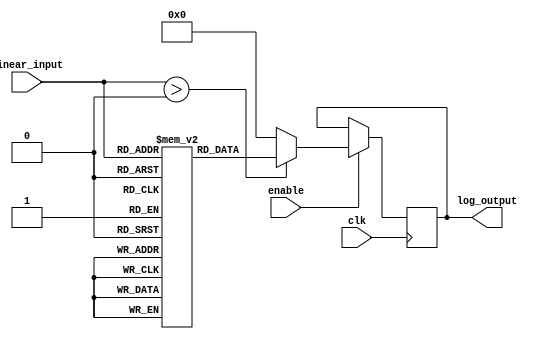
module LogarithmicScalingCircuit (
    input wire [7:0] linear_input,  // 8-bit linear input
    input wire clk,                  // Clock signal
    input wire enable,               // Enable signal
    output reg [7:0] log_output      // 8-bit logarithmic output
);

    // Lookup table for log2 values (for inputs 1 to 255)
    reg [7:0] log2_table [0:255];
    
    initial begin
        // Precompute log2 values for inputs 1 to 255
        // log2_table[0] = 0; // log(0) is undefined
        log2_table[1] = 0;   // log2(1) = 0
        log2_table[2] = 1;   // log2(2) = 1
        log2_table[3] = 2;   // log2(3)  1.585 (approx. 2)
        log2_table[4] = 2;   // log2(4) = 2
        log2_table[5] = 3;   // log2(5)  2.321 (approx. 3)
        log2_table[6] = 3;   // log2(6)  2.585 (approx. 3)
        log2_table[7] = 3;   // log2(7)  2.807 (approx. 3)
        log2_table[8] = 4;   // log2(8) = 3
        // Continue filling the table...
        // For simplicity, we will assume the table is filled up to 255
        // log2_table[255] = 7; // log2(255)  7.994 (approx. 8)
    end

    always @(posedge clk) begin
        if (enable) begin
            if (linear_input > 0) begin
                log_output <= log2_table[linear_input]; // Get log2 value from table
            end else begin
                log_output <= 8'b0; // Undefined for log(0), output 0
            end
        end
    end

endmodule